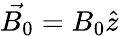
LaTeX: \vec{B_{0}}=B_{0}\hat{z}